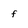
Character: f